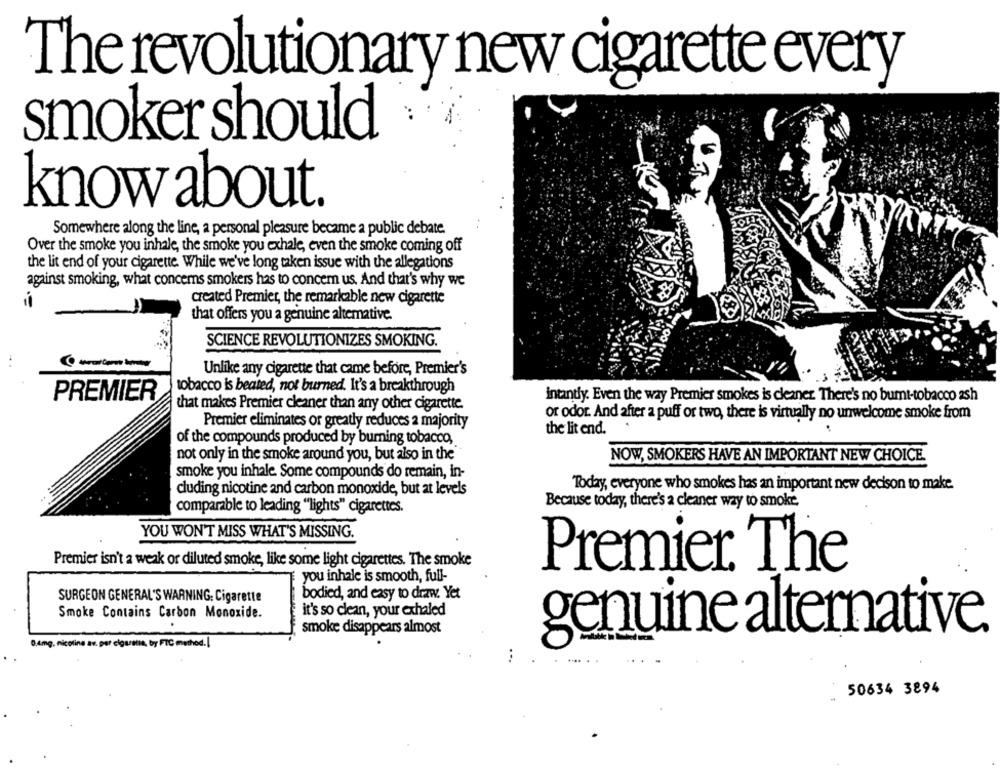
The revolutionary new cigarette every
smoker should
knowabout.
Somewhere along the line, a personal pleasure became a public debate.
Over the smoke you inhale, the smoke you exhale, even the smoke coming off
the lit end of your cigarette While we've long taken issue with the allegations
against smoking, what concerns smokers has to concern us. And that's why we
created Premier, the remarkable new cigarette
that offers you a genuine altemative.
SCIENCE REVOLUTIONIZES SMOKING.
Unlike any cigarette that came before, Premier's
tobacco is beated, not burned. It's a breakthrough
PREMIER
intantly. Even the way Premier smokes is cleaner. There's no bumt-tobacco ash
that makes Premier cleaner than any other cigarette.
or odor. And after a puff or two, there is virtually no unwelcome smoke from
Premier eliminates or greatly reduces a majority
the lit end.
of the compounds produced by burning tobacco,
not only in the smoke around you, but also in the"
NOW, SMOKERS HAVE AN IMPORTANT NEW CHOICE.
smoke you inhale. Some compounds do remain, in-
cluding nicotine and carbon monoxide, but at levels
Today, everyone who smokes has an important new decison to make.
comparable to leading "lights" cigarettes.
Because today, there's a cleaner way to smoke.
YOU WON'T MISS WHAT'S MISSING.
Premier isn't a weak or diluted smoke, like some light cigarettes. The smoke
you inhale is smooth, full-
Premier The
SURGEON GENERAL'S WARNING: Cigarette
bodied, and easy to draw. Yet
Smoke Contains Carbon Monoxide.
it's so clean, your exhaled
smoke disappears almost
genuine alternative
0,4m
av. per cigaretta, by FTC method.[
...
50634 3894